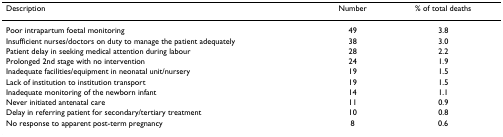
<table><thead><tr><td><b>Description</b></td><td><b>Number</b></td><td><b>% of total deaths</b></td></tr></thead><tbody><tr><td>Poor intrapartum foetal monitoring</td><td>49</td><td>3.8</td></tr><tr><td>Insufficient nurses/doctors on duty to manage the patient adequately</td><td>38</td><td>3.0</td></tr><tr><td>Patient delay in seeking medical attention during labour</td><td>28</td><td>2.2</td></tr><tr><td>Prolonged 2nd stage with no intervention</td><td>24</td><td>1.9</td></tr><tr><td>Inadequate facilities/equipment in neonatal unit/nursery</td><td>19</td><td>1.5</td></tr><tr><td>Lack of institution to institution transport</td><td>19</td><td>1.5</td></tr><tr><td>Inadequate monitoring of the newborn infant</td><td>14</td><td>1.1</td></tr><tr><td>Never initiated antenatal care</td><td>11</td><td>0.9</td></tr><tr><td>Delay in referring patient for secondary/tertiary treatment</td><td>10</td><td>0.8</td></tr><tr><td>No response to apparent post-term pregnancy</td><td>8</td><td>0.6</td></tr></tbody></table>